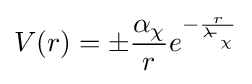
V(r)=\pm {\frac {\alpha _{\chi }}{r}}e^{-{\frac {r}{\lambda \!\!\!{\frac {}{\ }}_{\chi }}}}